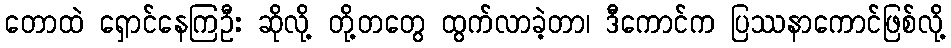
တောထဲ ရှောင်နေကြဦး ဆိုလို့ တို့တတွေ ထွက်လာခဲ့တာ၊ ဒီကောင်က ပြဿနာကောင်ဖြစ်လို့